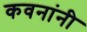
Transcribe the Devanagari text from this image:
कवनांनी